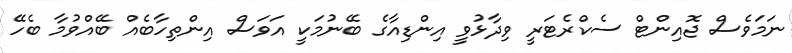
ނަމަވެސް ޖޮއިންޓް ސެކްރެޓަރީ ވިދާޅުވީ އިންޑިއާގެ ބޭނުމަކީ އަވަސް އިންތިހާބެއް ބޭއްވުމާ ބެހޭ